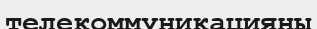
телекоммуникацияны